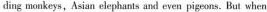
ding monkeys , Asian elephants and even pigeons. But when